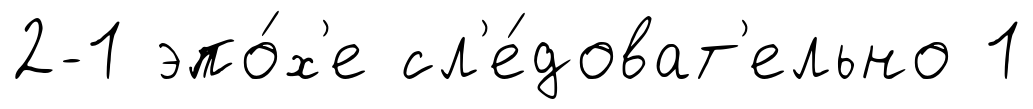
2-1 эпо́х'е сл'е́доват'ельно 1